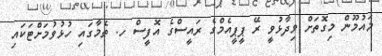
މައުމޫން މިގޮތަށް ވިދާޅުވީ ރޭ ޕީޕީއެމްގެ ރައީސްގެ އޮފީސް ހ. ތެމާގައި ހުޅުވުމަށްޓަކައި